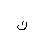
Letter: _non